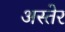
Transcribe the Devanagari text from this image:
अस्तेर